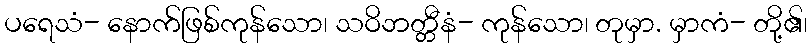
ပရေသံ- နောက်ဖြစ်ကုန်သော၊ သဝိဘတ္တီနံ- ကုန်သော၊ တုမှာ. မှာကံ- တို့၏၊